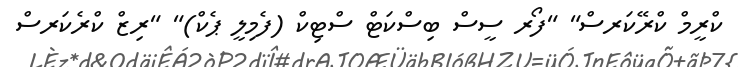
ކްރީމް ކްރޭކަރސް" "ފޯރ ސީސް ބިސްކަޓް ސްޓިކް (ފެމިލީ ޕެކް)" "ރިޒް ކްރެކަރސް